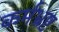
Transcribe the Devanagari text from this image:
कर्मभ्रष्ट